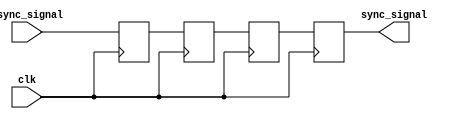
module triple_ff_synchronizer (
    input wire async_signal,    // Asynchronous input signal
    input wire clk,             // Clock signal for the synchronous domain
    output reg sync_signal      // Synchronized output signal
);

    // Internal registers for the flip-flops
    reg ff1, ff2, ff3;

    // Always block triggered on the rising edge of the clock
    always @(posedge clk) begin
        ff1 <= async_signal;  // First flip-flop captures the asynchronous signal
        ff2 <= ff1;           // Second flip-flop captures the output of the first
        ff3 <= ff2;           // Third flip-flop captures the output of the second
    end

    // Output the value from the third flip-flop
    always @(posedge clk) begin
        sync_signal <= ff3;   // Synchronized output signal
    end

endmodule